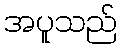
အပူသည်